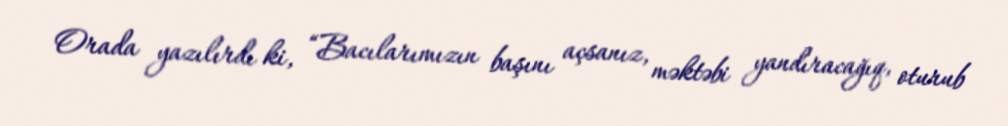
Orada yazılırdı ki, “Bacılarımızın başını açsanız, məktəbi yandıracağıq, oturub